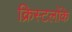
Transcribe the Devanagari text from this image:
क्रिस्टलोंके